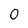
Character: o